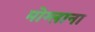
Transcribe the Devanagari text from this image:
मोग्लाना